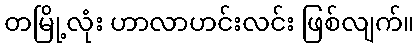
တမြို့လုံး ဟာလာဟင်းလင်း ဖြစ်လျက်။